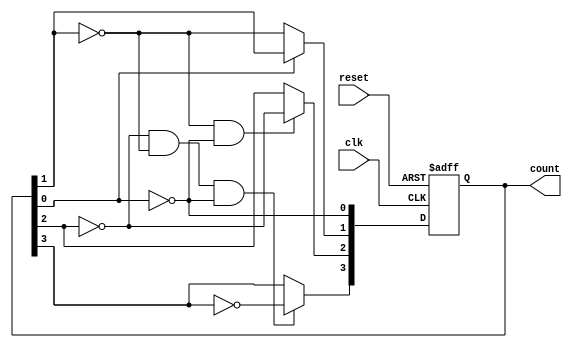
module async_ripple_counter (
    input wire clk,          // Clock input
    input wire reset,        // Asynchronous reset
    output reg [n-1:0] count // n-bit binary output
);
    parameter n = 4; // Number of flip-flops (change as needed)

    // T Flip-Flop behavior
    always @(posedge clk or posedge reset) begin
        if (reset) begin
            count <= 0; // Reset all bits to 0
        end else begin
            count[0] <= ~count[0]; // Toggle least significant bit

            // Ripple effect for the other flip-flops
            if (count[0] == 1'b0) begin
                count[1] <= ~count[1];
            end
            
            if (count[1] == 1'b0 && count[0] == 1'b0) begin
                count[2] <= ~count[2];
            end
            
            if (count[2] == 1'b0 && count[1] == 1'b0 && count[0] == 1'b0) begin
                count[3] <= ~count[3];
            end
            
            // Add additional flip-flops here if n > 4
        end
    end
endmodule